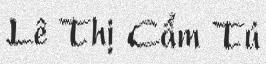
Lê Thị Cẩm Tú